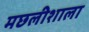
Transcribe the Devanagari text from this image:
मछलीशाला